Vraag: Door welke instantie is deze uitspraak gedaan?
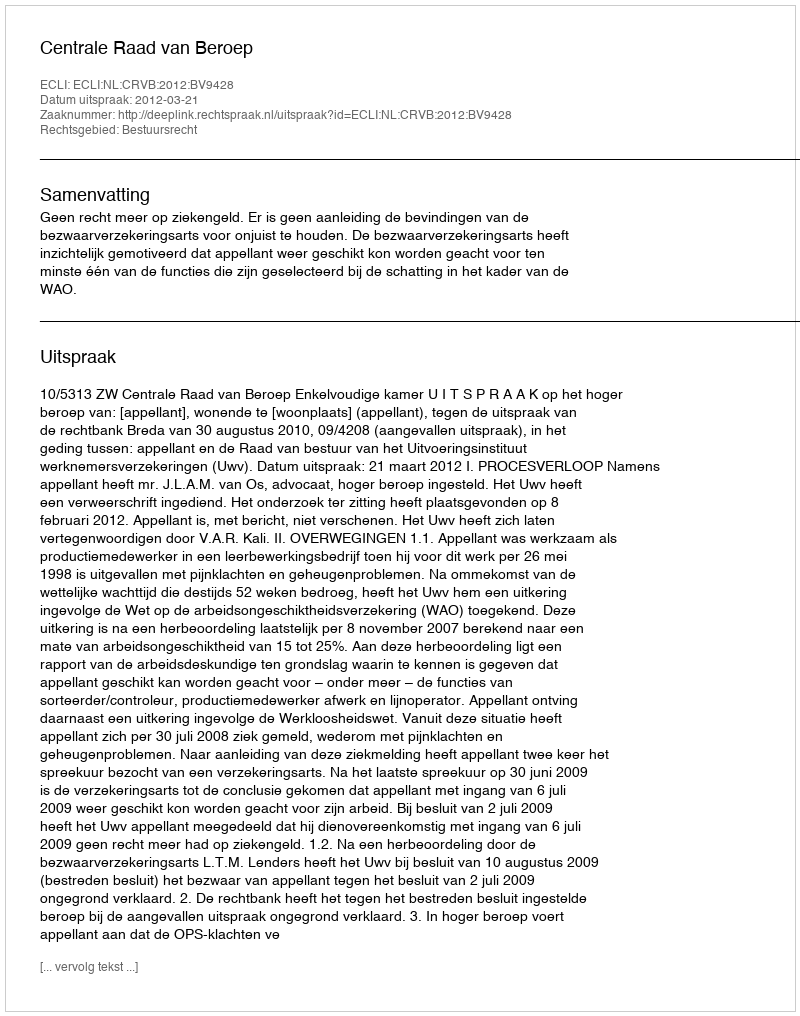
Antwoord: Centrale Raad van Beroep